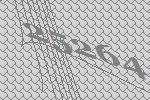
25264